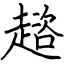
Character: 趦